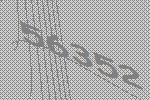
56352